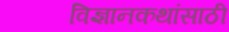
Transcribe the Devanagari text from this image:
विज्ञानकथांसाठी